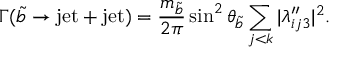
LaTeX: \Gamma ( \widetilde b \rightarrow \mathrm { j e t } + \mathrm { j e t } ) = \frac { m _ { \widetilde b } } { 2 \pi } \sin ^ { 2 } \theta _ { \widetilde { b } } \sum _ { j < k } | \lambda _ { i j 3 } ^ { \prime \prime } | ^ { 2 } .